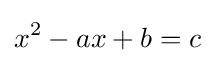
x^{2}-ax+b=c